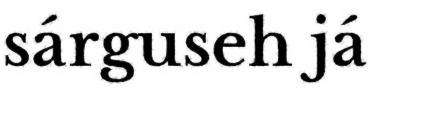
sárguseh já